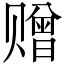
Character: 赠